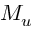
M _ { u }